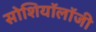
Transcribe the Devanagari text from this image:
सोशियॉलॉजी